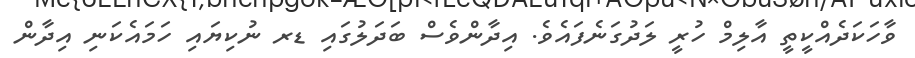
ވާހަކަދެއްކީތީ އާލިމް ހުރީ ލަދުގަނެފައެވެ. އިދާންވެސް ބަދަލުގައި ޑރ ނުކިޔައި ހަމައެކަނި އިދާން